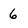
Character: 6